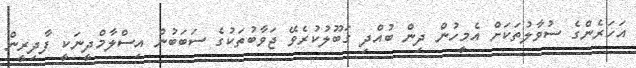
އަހަރެންގެ ސުވާލުތަކަށް އެމީހުން ދިން ބުއްދި ގަބޫލުކުރެވޭ ޖަވާބުތަކުގެ ސަބަބުން އިސްލާމްދީނަކީ ފާދިރީން